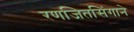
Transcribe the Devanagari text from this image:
रणजितसिंगाने